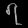
Digit: ၇